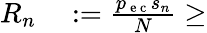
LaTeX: \begin{array}{rl}{R_{n}}&{{}:=\frac{p_{\mathrm{~e~c~}}s_{n}}{N}\geq}\end{array}